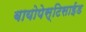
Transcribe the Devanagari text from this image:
बायोपेस्टिसाईड